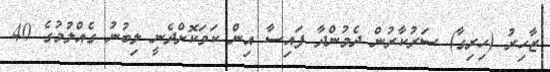
ޒާހިރު (ހިރިގާ) ސަރުކާރުން ދެމުންދާ ފައިސާ އިން ކަވަކޮށްދެނީ ލިބުނު ގެއްލުމުގެ 40